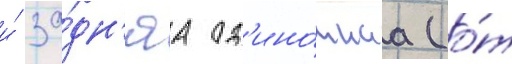
и́ за́дн'яа од'ино́чнаа (о́т